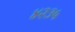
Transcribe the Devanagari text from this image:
४२३५